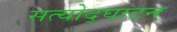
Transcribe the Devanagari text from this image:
सत्योद्घाटन